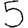
Digit: 5